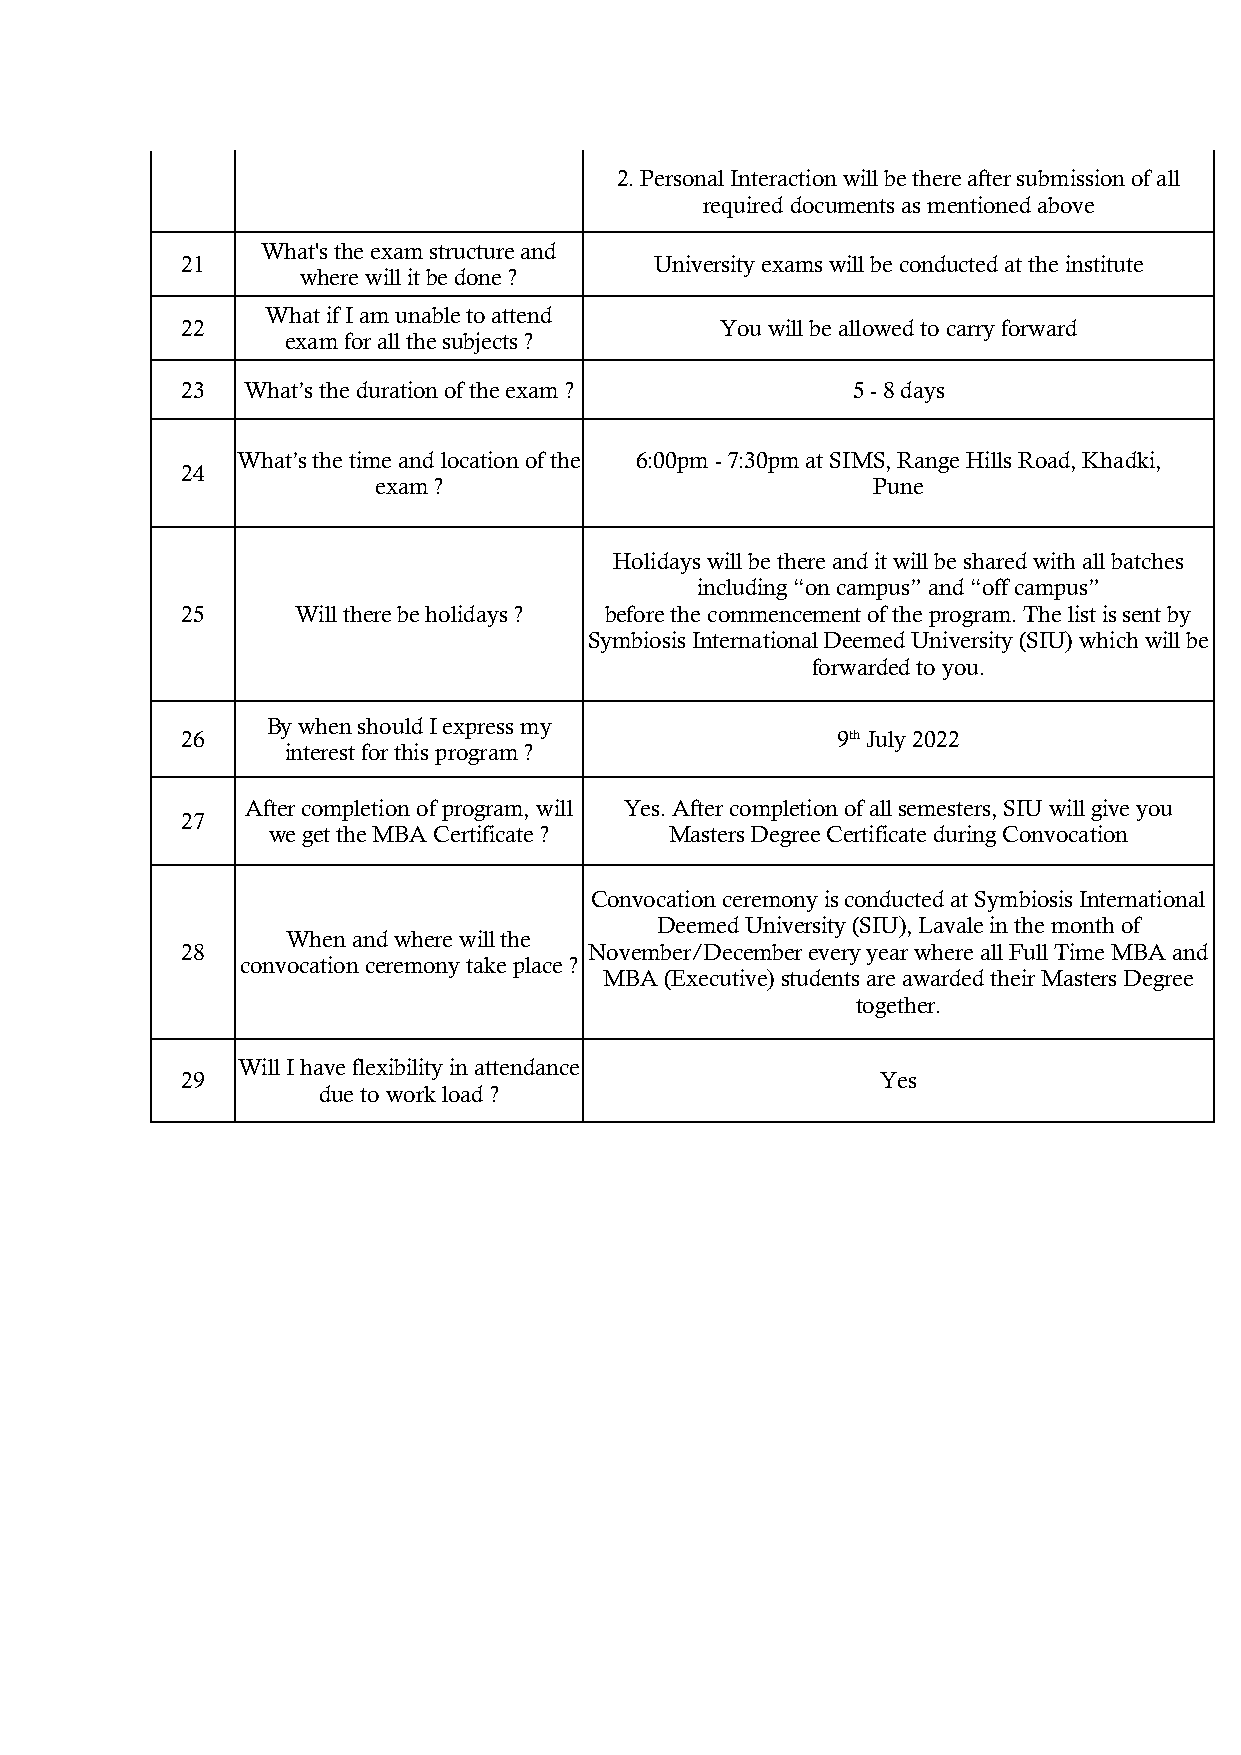
2. Personal Interaction will be there after submission of all
 required documents as mentioned above
 What's the exam structure and
 21                             University exams will be conducted at the institute
 where will it be done ?
 What if I am unable to attend
 22                                  You will be allowed to carry forward
 exam for all the subjects ?
 23  What’s the duration of the exam ?       5 - 8 days
 What’s the time and location of the 6:00pm - 7:30pm at SIMS, Range Hills Road, Khadki,
 24
 exam ?                           Pune
 Holidays will be there and it will be shared with all batches
 including “on campus” and “off campus”
 25      Will there be holidays ? before the commencement of the program. The list is sent by
 Symbiosis International Deemed University (SIU) which will be
 forwarded to you.
 By when should I express my
 26                                         9th July 2022
 interest for this program ?
 After completion of program, will Yes. After completion of all semesters, SIU will give you
 27
 we get the MBA Certificate ? Masters Degree Certificate during Convocation
 Convocation ceremony is conducted at Symbiosis International
 Deemed University (SIU), Lavale in the month of
 When and where will the
 28                         November/December every year where all Full Time MBA and
 convocation ceremony take place ?
 MBA (Executive) students are awarded their Masters Degree
 together.
 Will I have flexibility in attendance
 29                                            Yes
 due to work load ?